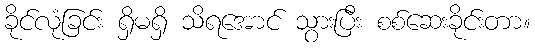
ခိုင်လုံခြင်း ရှိမရှိ သိရအောင် သွားပြီး စစ်ဆေးခိုင်းတာ။